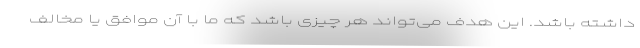
داشته باشد. این هدف می‌تواند هر چیزی باشد که ما با آن موافق یا مخالف